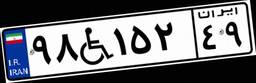
۹۸W۱۵۲۴۹